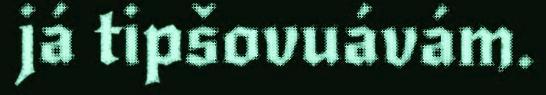
já tipšovuávám.